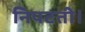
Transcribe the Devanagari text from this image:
निपटती।